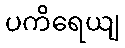
ပကိရေယျ